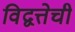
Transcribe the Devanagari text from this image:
विद्वत्तेची